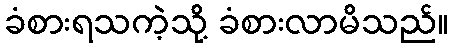
ခံစားရသကဲ့သို့ ခံစားလာမိသည်။